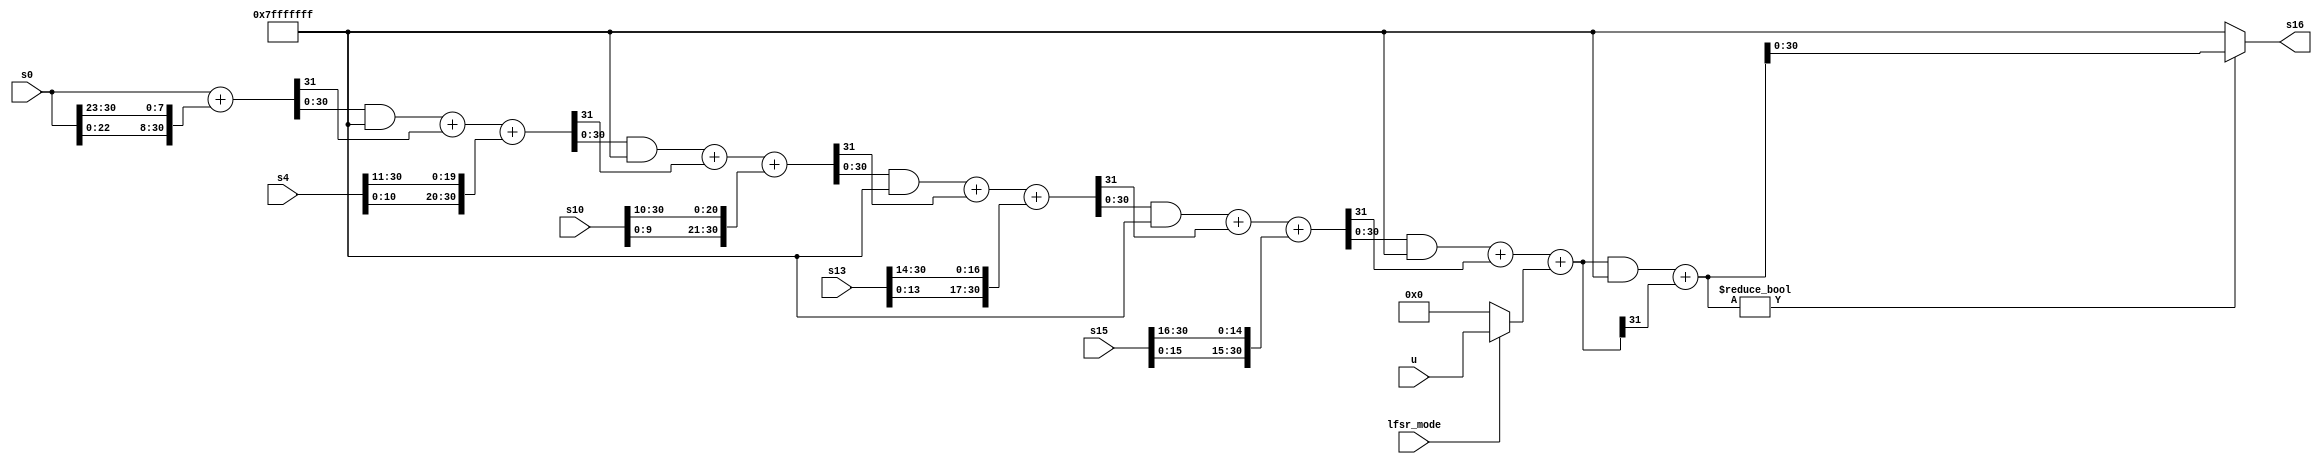
`timescale 1ns / 1ps
//////////////////////////////////////////////////////////////////////////////////
// Company: 
// Engineer: 
// 
// Design Name: 
// Module Name: LFSR
// Project Name: 
// Target Devices: 
// Tool Versions: 
// Description: 
// 
// Dependencies: 
// 
// Revision:
// Revision 0.01 - File Created
// Additional Comments:
// 
//////////////////////////////////////////////////////////////////////////////////


module LFSR(
        input lfsr_mode,
        input [30:0] s15,
        input [30:0] s13,
        input [30:0] s10,
        input [30:0] s4,
        input [30:0] s0,
        input [30:0] u,
        output [30:0] s16
    );

    wire [30:0] s0_tmp, s4_tmp, s10_tmp, s13_tmp;
    wire [30:0] v,u_now;

    // assign s0_tmp = (s0 + {s0[22:0],s0[30:23]})&(31'h7fffffff) + ((s0 + {s0[22:0],s0[30:23]})>>31);
    // assign s4_tmp = (s0_tmp[30:0] + {s4[10:0],s4[30:11]})&(31'h7fffffff) + ((s0_tmp[30:0] + {s4[10:0],s4[30:11]})>>31);
    // assign s10_tmp = (s4_tmp[30:0] + {s10[9:0],s10[30:10]})&(31'h7fffffff) + ( (s4_tmp[30:0] + {s10[9:0],s10[30:10]})>>31);
    // assign s13_tmp = (s10_tmp[30:0] + {s13[13:0],s13[30:14]})&(31'h7fffffff) + ((s10_tmp[30:0] + {s13[13:0],s13[30:14]})>>31);
    // assign v = (s13_tmp[30:0] + {s15[15:0],s15[30:16]})&(31'h7fffffff) + ((s13_tmp[30:0] + {s15[15:0],s15[30:16]})>>31);
    assign s0_tmp =Add(s0,{s0[22:0],s0[30:23]});
    assign s4_tmp = Add(s0_tmp,{s4[10:0],s4[30:11]});
    assign s10_tmp = Add(s4_tmp,{s10[9:0],s10[30:10]});
    assign s13_tmp = Add(s10_tmp,{s13[13:0],s13[30:14]});
    assign v = Add(s13_tmp,{s15[15:0],s15[30:16]});

    assign u_now = lfsr_mode?u:0;

    assign s16 = Add(v,u_now)?Add(v,u_now):31'h7fffffff;


    function [31:0] Add;
        input    [31:0] a,b;
        begin
            Add = ((a + b) & 32'h7FFF_FFFF) + ((a + b) >> 31);
        end
    endfunction
endmodule